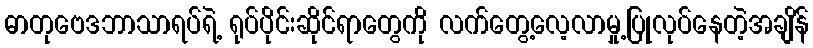
ဓာတုဗေဒဘာသာရပ်ရဲ့ ရုပ်ပိုင်းဆိုင်ရာတွေကို လက်တွေ့လေ့လာမှု့ပြုလုပ်နေတဲ့အချိန်